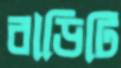
বাড়িটি